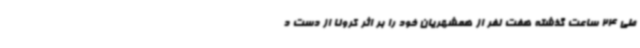
طی 24 ساعت گذشته هفت نفر از همشهریان خود را بر اثر کرونا از دست د